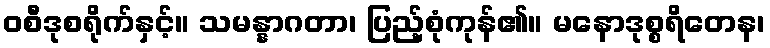
ဝစီဒုစရိုက်နှင့်။ သမန္နာဂတာ၊ ပြည့်စုံကုန်၏။ မနောဒုစ္စရိတေန၊